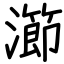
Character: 瀄